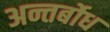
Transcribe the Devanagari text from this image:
अन्तर्बोध